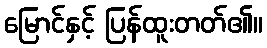
မြောင်နှင့် ပြန်ထူးတတ်၏။